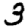
Digit: 3